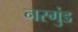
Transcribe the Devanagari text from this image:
नरगुंड